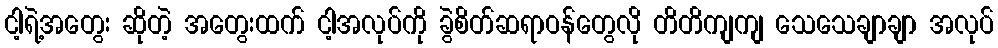
ငါ့ရဲ့အတွေး ဆိုတဲ့ အတွေးထက် ငါ့အလုပ်ကို ခွဲစိတ်ဆရာဝန်တွေလို တိတိကျကျ သေသေချာချာ အလုပ်